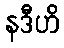
နဒီဟိ